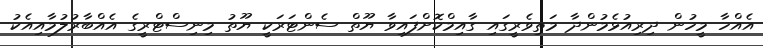
އެއްހާ މީހުން ދިރިއުޅެމުންދާ މަތިވެރީގައި ގާއިމްކޮށްފައިވާ ޔޫތް ސެންޓަރަކީ ޔޫތު މިނިސްޓްރީގެ އެއްބާރުލުމާއިއެކު